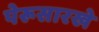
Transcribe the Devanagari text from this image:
पेरूसारखे